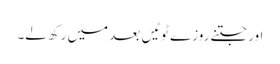
اور جتنے روزے ٹوٹیں بعد میں رکھ لے۔